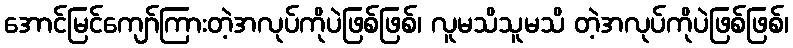
အောင်မြင်ကျော်ကြားတဲ့အလုပ်ကိုပဲဖြစ်ဖြစ်၊ လူမသိသူမသိ တဲ့အလုပ်ကိုပဲဖြစ်ဖြစ်၊